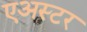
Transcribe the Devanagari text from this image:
एअस्टर